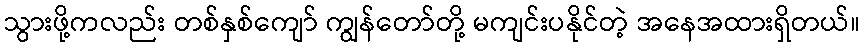
သွားဖို့ကလည်း တစ်နှစ်ကျော် ကျွန်တော်တို့ မကျင်းပနိုင်တဲ့ အနေအထားရှိတယ်။